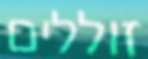
זוללים